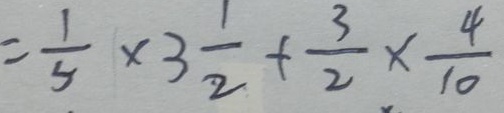
= \frac { 1 } { 5 } \times 3 \frac { 1 } { 2 } + \frac { 3 } { 2 } \times \frac { 4 } { 1 0 }